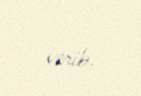
verib.